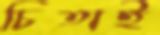
চিতাই